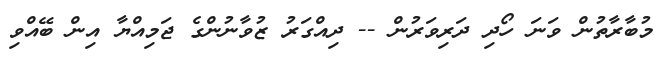
މުބާރާތުން ވަނަ ހޯދި ދަރިވަރުން -- ދިއްގަރު ޒުވާނުންގެ ޖަމިއްޔާ އިން ބޭއްވި